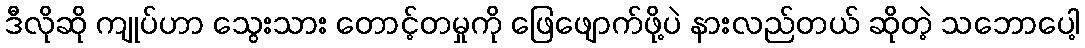
ဒီလိုဆို ကျုပ်ဟာ သွေးသား တောင့်တမှုကို ဖြေဖျောက်ဖို့ပဲ နားလည်တယ် ဆိုတဲ့ သဘောပေါ့